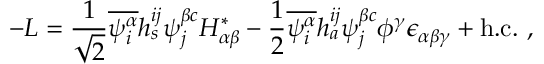
- { \cal L } = { \frac { 1 } { \sqrt { 2 } } } \overline { { { \psi _ { i } ^ { \alpha } } } } h _ { s } ^ { i j } \psi _ { j } ^ { \beta c } H _ { \alpha \beta } ^ { * } - { \frac { 1 } { 2 } } \overline { { { \psi _ { i } ^ { \alpha } } } } h _ { a } ^ { i j } \psi _ { j } ^ { \beta c } \phi ^ { \gamma } \epsilon _ { \alpha \beta \gamma } + \mathrm { h . c . } \ ,